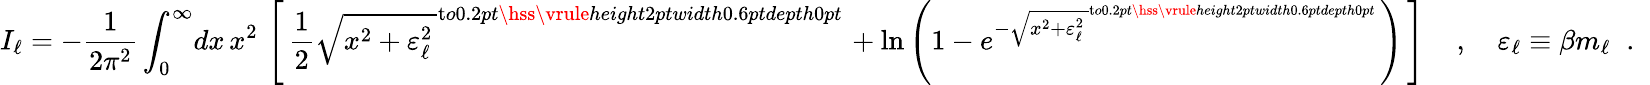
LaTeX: I_{\ell}=-{\frac{1}{2\pi^{2}}}\int_{0}^{\infty}\! dx\, x^{2}\, \left[\, {\frac{1}{2}}\sqrt{{x^{2}+\varepsilon_{\ell}^{2}}\, }^{\mathrm{t}o0.2pt{\hss\vrule height2ptwidth0.6ptdepth0pt}\; \! }+\ln\left(1-e^{-\sqrt{{x^{2}+\varepsilon_{\ell}^{2}}\, }^{\mathrm{t}o0.2pt{\hss\vrule height2ptwidth0.6ptdepth0pt}\; \! }}\right)\, \right]\, \quad,\quad\varepsilon_{\ell}\equiv\beta m_{\ell}\; \; .\; \;